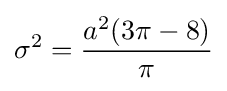
\sigma ^{2}={\frac {a^{2}(3\pi -8)}{\pi }}